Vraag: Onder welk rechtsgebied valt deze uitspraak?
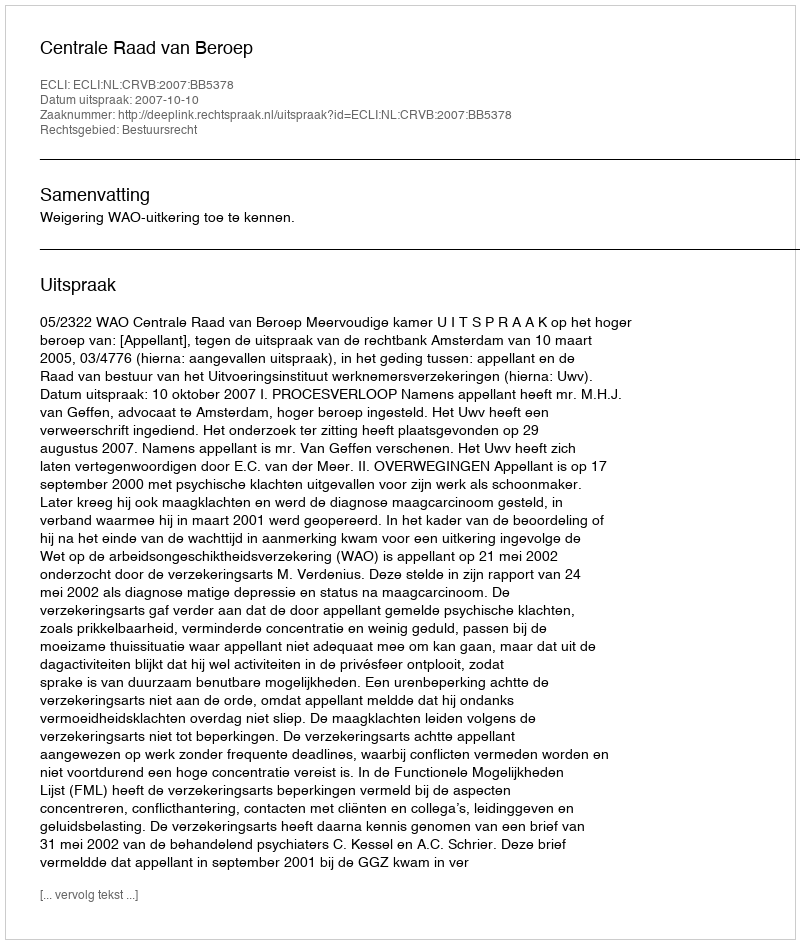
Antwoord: Bestuursrecht